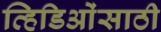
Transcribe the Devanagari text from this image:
व्हिडिओंसाठी